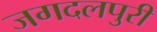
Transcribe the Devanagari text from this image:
जगदलपुरी